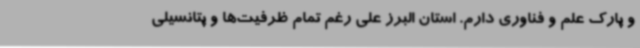
و پارک علم و فناوری دارم. استان البرز علی رغم تمام ظرفیت‌ها و پتانسیلی